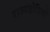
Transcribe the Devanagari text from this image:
राज्यद्रोहियों